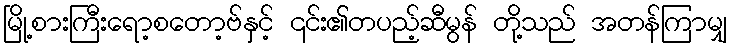
မြို့စားကြီးရော့စတော့ဗ်နှင့် ၎င်း၏တပည့်ဆီမွန် တို့သည် အတန်ကြာမျှ